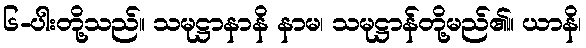
၆-ပါးတို့သည်။ သမုဋ္ဌာနာနိ နာမ၊ သမုဋ္ဌာန်တို့မည်၏။ ယာနိ၊